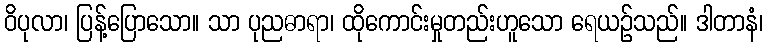
ဝိပုလာ၊ ပြန့်ပြောသော။ သာ ပုညဓာရာ၊ ထိုကောင်းမှုတည်းဟူသော ရေယဉ်သည်။ ဒါတာနံ၊